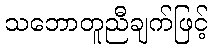
သဘောတူညီချက်ဖြင့်